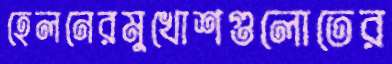
হেলনেরমুখোশগুলোতের